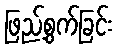
ဖြည့်စွက်ခြင်း